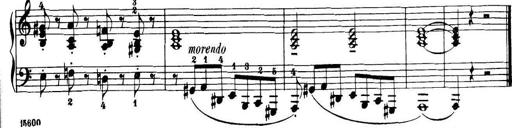
Title: 32 Sonatinas and Rondos for the Piano
Composer: Richard Kleinmichel